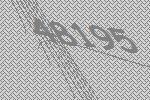
48195